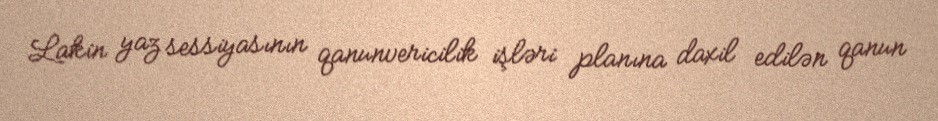
Lakin yaz sessiyasının qanunvericilik işləri planına daxil edilən qanun